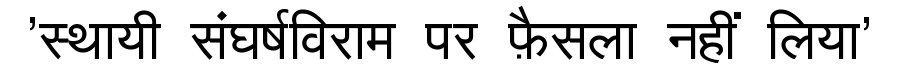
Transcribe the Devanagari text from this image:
'स्थायी संघर्षविराम पर फ़ैसला नहीं लिया'